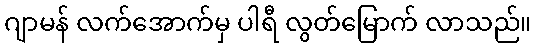
ဂျာမန် လက်အောက်မှ ပါရီ လွတ်မြောက် လာသည်။